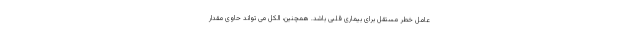
عامل خطر مستقل برای بیماری قلبی باشد. همچنین، الکل می تواند حاوی مقدار